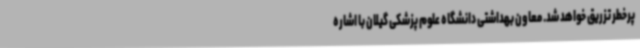
پرخطر تزریق خواهد شد. معاون بهداشتی دانشگاه علوم پزشکی گیلان با اشاره